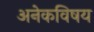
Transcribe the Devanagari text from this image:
अनेकविषय